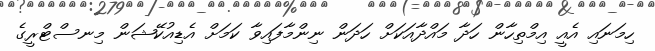
ހިމަނައި އެއީ އިމްތިހާން ހަދާ މައްދާއަކަށް ހަދަން ނިންމާފައިވާ ކަމަށް އެޑިއުކޭޝަން މިނސްޓްރީގެ